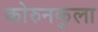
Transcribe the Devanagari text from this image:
कोरुनकुला